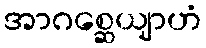
အာဂစ္ဆေယျာဟံ